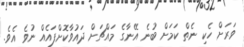
ވަރަށް ހެކި ނެތް ކަމަށް ބުނެ އޭނާގެ މައްޗަށް ދައުވާކޮށްފައެއް ނުވެ އެވެ.